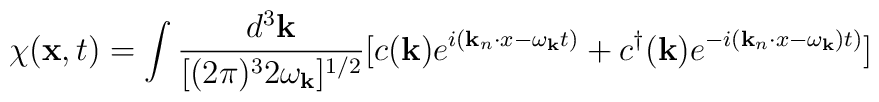
\chi({\bf x},t)=\int \frac{d^3{\bf k}}{[(2 \pi)^3 2 \omega_{\bf k}]^{1/2}}[c({\bf k}) e^{i({\bf k}_n \cdot x -\omega_{\bf k}t)}+c^{\dagger}({\bf k}) e^{-i({\bf k}_n \cdot x -\omega_{\bf k}) t)}]